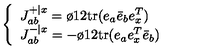
\left\{ \begin{array} { l } { J _ { a b } ^ { + \vert x } = { \o { 1 } { 2 } } \mathrm { t r } ( e _ { a } { \bar { e } } _ { b } e _ { x } ^ { T } ) } \\ { J _ { a b } ^ { - \vert x } = - { \o { 1 } { 2 } } \mathrm { t r } ( e _ { a } e _ { x } ^ { T } { \bar { e } } _ { b } ) } \\ \end{array} \right.